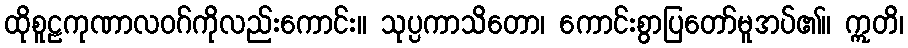
ထိုစူဠကုဏာလဝဂ်ကိုလည်းကောင်း။ သုပ္ပကာသိတော၊ ကောင်းစွာပြတော်မူအပ်၏။ ဣတိ၊